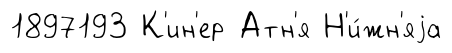
1897193 К'ин'ер Атн'я Н'и́жн'яjа